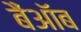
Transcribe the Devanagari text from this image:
बैंऑब